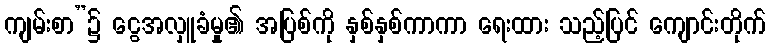
ကျမ်းစာ”၌ ငွေအလှူခံမှု၏ အပြစ်ကို နှစ်နှစ်ကာကာ ရေးထား သည့်ပြင် ကျောင်းတိုက်